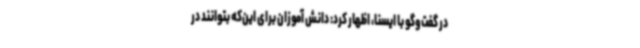
در گفت‌وگو با ایسنا، اظهار کرد: دانش آموزان برای این‌که بتوانند در